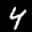
Digit: 4